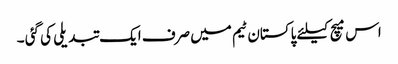
اس میچ کیلئے پاکستان ٹیم میں صرف ایک تبدیلی کی گئی ۔